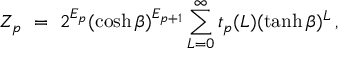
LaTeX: Z _ { p } ~ = ~ 2 ^ { E _ { p } } ( \cosh \beta ) ^ { E _ { p + 1 } } \sum _ { L = 0 } ^ { \infty } t _ { p } ( L ) ( \operatorname { t a n h } \beta ) ^ { L } \, ,